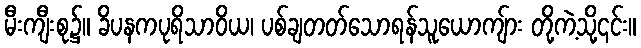
မီးကျီးစု၌။ ခိပနကပုရိသာဝိယ၊ ပစ်ချတတ်သောရန်သူယောကျ်ား တို့ကဲ့သို့၎င်း။